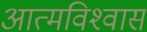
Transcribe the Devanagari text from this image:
आत्‍मविश्‍वास